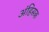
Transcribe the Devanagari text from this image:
अंहिसक